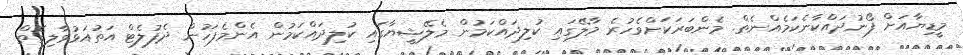
މީޑިޔާއަށް ފޯނުދައްކާނެކަމެއްނެތް. މެންބަރަކަށްވެހުރެ މާލޭގައި ކުލިދައްކަމުން މެލޭޝީޔާގައި ކުލިދައްކަމުން އެންމެފަހުން ދެފުލެޓް އަތުއަޅުވާލިގޮތް